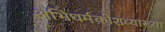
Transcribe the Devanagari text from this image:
अभिधर्मकोशव्याख्या